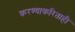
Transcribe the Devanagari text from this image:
करण्याकरिताही